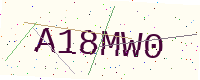
Text: A18MW0